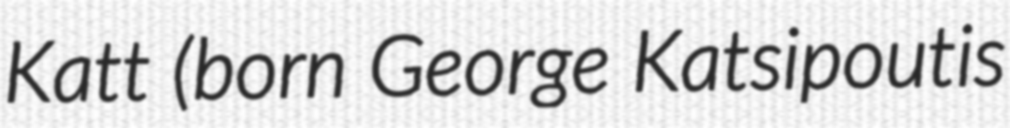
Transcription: Katt (born George Katsipoutis